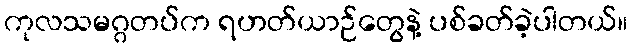
ကုလသမဂ္ဂတပ်က ရဟတ်ယာဉ်တွေနဲ့ ပစ်ခတ်ခဲ့ပါတယ်။